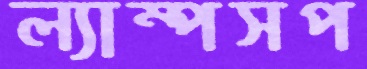
ল্যাম্পসপ